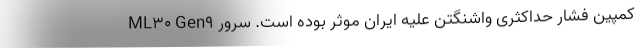
کمپین فشار حداکثری واشنگتن علیه ایران موثر بوده است. سرور ML30 Gen9